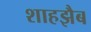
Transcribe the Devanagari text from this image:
शाहझैब